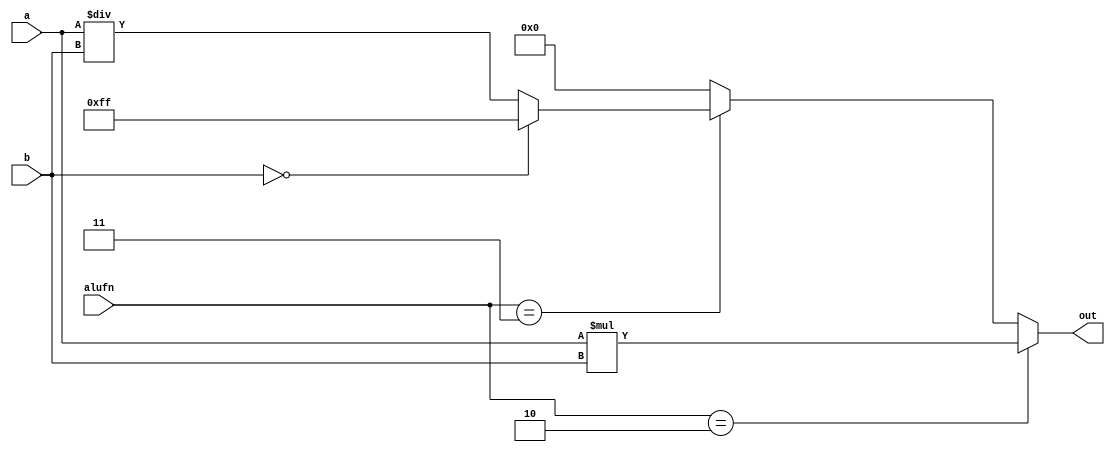
/*
   This file was generated automatically by the Mojo IDE version B1.3.4.
   Do not edit this file directly. Instead edit the original Lucid source.
   This is a temporary file and any changes made to it will be destroyed.
*/

module multiplier_8 (
    input [7:0] a,
    input [7:0] b,
    input [1:0] alufn,
    output reg [7:0] out
  );
  
  
  
  always @* begin
    out = 1'h0;
    if (alufn == 2'h2) begin
      out = a * b;
    end else begin
      if (alufn == 2'h3) begin
        if (b == 1'h0) begin
          out = 8'hff;
        end else begin
          out = a / b;
        end
      end
    end
  end
endmodule